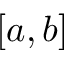
[ a , b ]